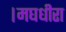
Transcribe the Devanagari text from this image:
।मघधीरा